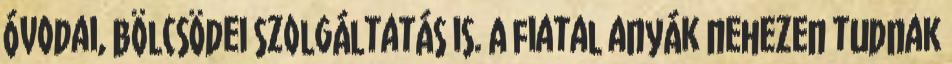
óvodai, bölcsödei szolgáltatás is. A fiatal anyák nehezen tudnak